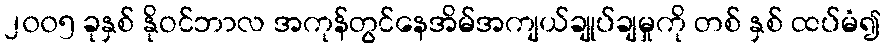
၂၀၀၅ ခုနှစ် နိုဝင်ဘာလ အကုန်တွင်နေအိမ်အကျယ်ချုပ်ချမှုကို တစ် နှစ် ထပ်မံ၍